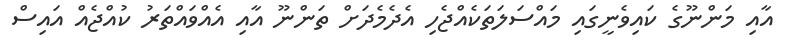
އާއި މަންނޫގެ ކައިވެނީގައި މައްސަލަތަކެއްޖެހި އެދެމެދަށް ތަންނޫ އާއި އެއްވައްތަރު ކުއްޖެއް އައިސް